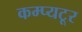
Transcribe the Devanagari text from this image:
कम्प्यटूर